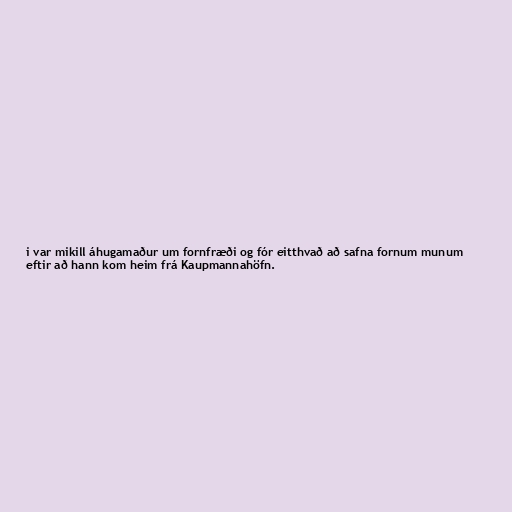
i var mikill áhugamaður um fornfræði og fór eitthvað að safna fornum munum
eftir að hann kom heim frá Kaupmannahöfn.